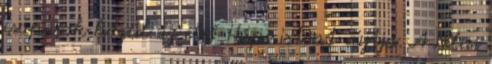
csapások közül az első Hápi istent sújtja. A Nílus